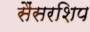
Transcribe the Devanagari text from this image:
सैंसरशिप